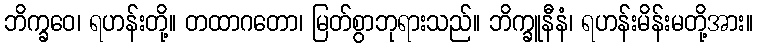
ဘိက္ခဝေ၊ ရဟန်းတို့။ တထာဂတော၊ မြတ်စွာဘုရားသည်။ ဘိက္ခူနီနံ၊ ရဟန်းမိန်းမတို့အား။